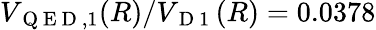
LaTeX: V_{\mathrm{~Q~E~D~},1}(R)/V_{\mathrm{~D~1~}}(R)=0.0378